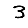
Digit: 3